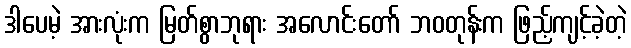
ဒါပေမဲ့ အားလုံးက မြတ်စွာဘုရား အလောင်းတော် ဘဝတုန်းက ဖြည့်ကျင့်ခဲ့တဲ့